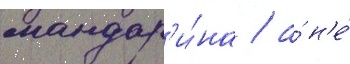
мандар'и́на / а́ н'е́